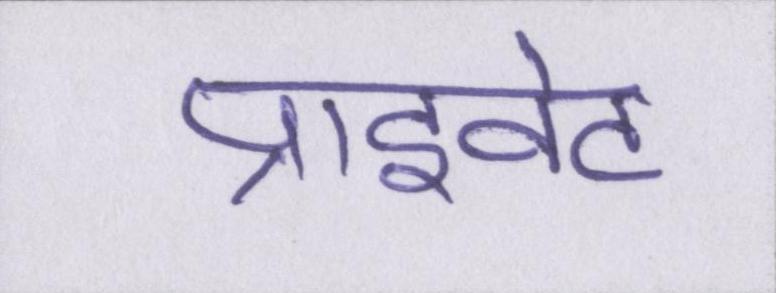
प्राइवेट